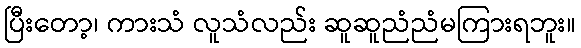
ပြီးတော့၊ ကားသံ လူသံလည်း ဆူဆူညံညံမကြားရဘူး။